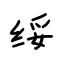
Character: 绥